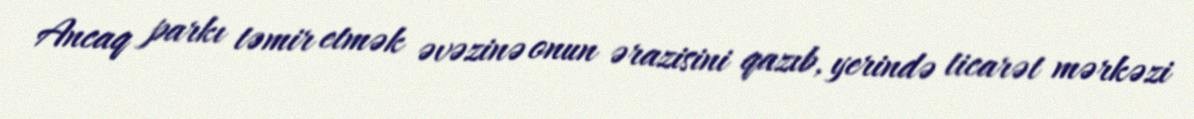
Ancaq parkı təmir etmək əvəzinə onun ərazisini qazıb, yerində ticarət mərkəzi